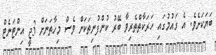
ބަޔަކަށެވެ. އެ ގައުމުގައި ހަރަކާތްތެެރިވާ ބޭރު ކުންފުނިތަކަށް ވެސް މިހާތަނަށް 3ޖީ އިންޓަނެޓް